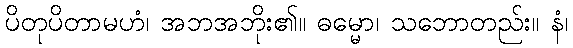
ပိတုပိတာမဟံ၊ အဘအဘိုး၏။ ဓမ္မော၊ သဘောတည်း။ နံ၊